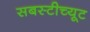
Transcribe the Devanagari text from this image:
सबस्टीच्यूट